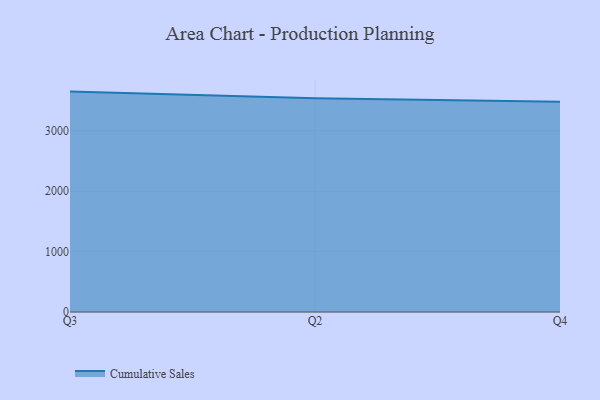
{"axis": {"x": "Quarter", "y": "Budget (USD K)"}, "legend": ["Cumulative Sales"], "data": [{"x": "Q3", "y": 3650.5, "type": "Cumulative Sales"}, {"x": "Q2", "y": 3540.7, "type": "Cumulative Sales"}, {"x": "Q4", "y": 3484.4, "type": "Cumulative Sales"}]}